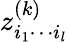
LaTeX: z_{i_{1}\cdots i_{l}}^{(k)}